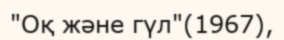
"Оқ және гүл"(1967),